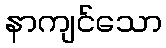
နာကျင်သော